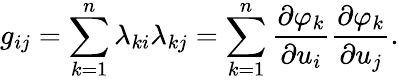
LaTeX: g_{ij}=\sum_{k=1}^{n}\lambda_{ki}\lambda_{kj}=\sum_{k=1}^{n}{\frac{\partial\varphi_{k}}{\partial u_{i}}}{\frac{\partial\varphi_{k}}{\partial u_{j}}}.